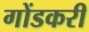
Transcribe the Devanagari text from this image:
गोंडकरी